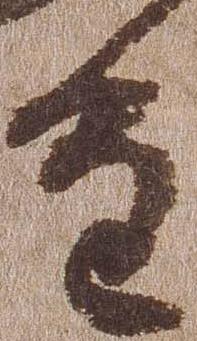
重